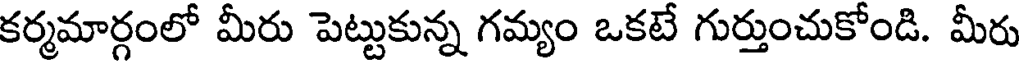
కర్మమార్గంలో మీరు పెట్టుకున్న గమ్యం ఒకటే గుర్తుంచుకోండి. మీరు